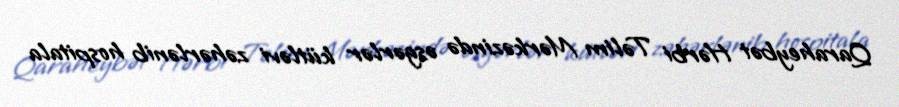
Qaraheybət Hərbi Təlim Mərkəzində əsgərlər kütləvi zəhərlənib hospitala